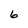
Character: 6